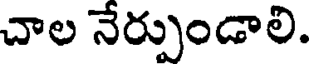
చాల నేర్పుండాలి.